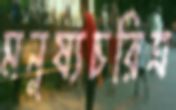
মনুষ্যচরিত্র